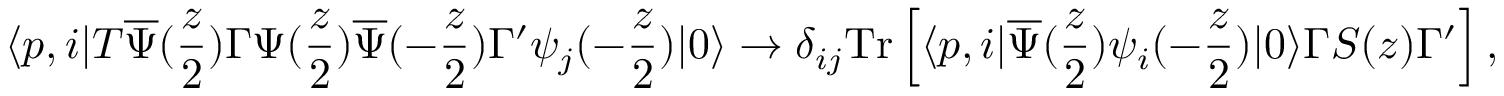
\langle p , i | T { \overline { { \Psi } } } ( { \frac { z } { 2 } } ) \Gamma \Psi ( { \frac { z } { 2 } } ) { \overline { { \Psi } } } ( - { \frac { z } { 2 } } ) \Gamma ^ { \prime } \psi _ { j } ( - { \frac { z } { 2 } } ) | 0 \rangle \to \delta _ { i j } \mathrm { T r } \left[ \langle p , i | { \overline { { \Psi } } } ( { \frac { z } { 2 } } ) \psi _ { i } ( - { \frac { z } { 2 } } ) | 0 \rangle \Gamma S ( z ) \Gamma ^ { \prime } \right] ,